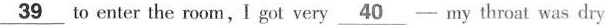
\underline{39}to enter the room, I got very \underline{40}-my throat was dry